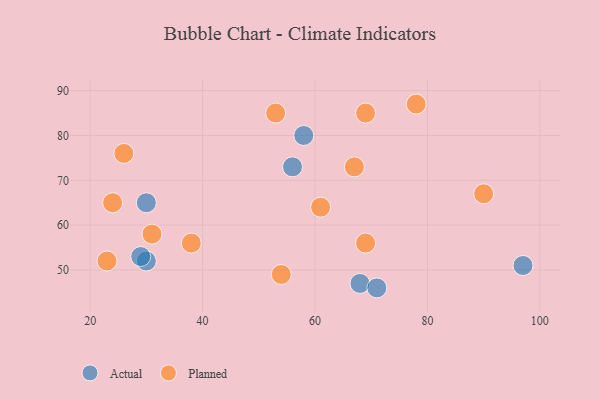
{"axis": {"x": "GDP", "y": "Life Expectancy"}, "legend": ["Actual", "Planned"], "data": [{"x": "30", "y": 65, "type": "Actual"}, {"x": "68", "y": 47, "type": "Actual"}, {"x": "97", "y": 51, "type": "Actual"}, {"x": "56", "y": 73, "type": "Actual"}, {"x": "30", "y": 52, "type": "Actual"}, {"x": "58", "y": 80, "type": "Actual"}, {"x": "29", "y": 53, "type": "Actual"}, {"x": "71", "y": 46, "type": "Actual"}, {"x": "69", "y": 56, "type": "Planned"}, {"x": "69", "y": 85, "type": "Planned"}, {"x": "26", "y": 76, "type": "Planned"}, {"x": "24", "y": 65, "type": "Planned"}, {"x": "31", "y": 58, "type": "Planned"}, {"x": "23", "y": 52, "type": "Planned"}, {"x": "53", "y": 85, "type": "Planned"}, {"x": "78", "y": 87, "type": "Planned"}, {"x": "54", "y": 49, "type": "Planned"}, {"x": "61", "y": 64, "type": "Planned"}, {"x": "38", "y": 56, "type": "Planned"}, {"x": "90", "y": 67, "type": "Planned"}, {"x": "67", "y": 73, "type": "Planned"}]}